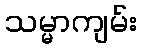
သမ္မာကျမ်း